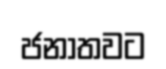
ජනාතවට